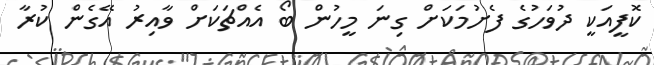
ކޮފީއަކީ ދުވަހުގެ ފެށުމަކަށް ގިނަ މީހުން ބޯ އެއްޗަކަށް ވާއިރު އޭގެން ކުރާ